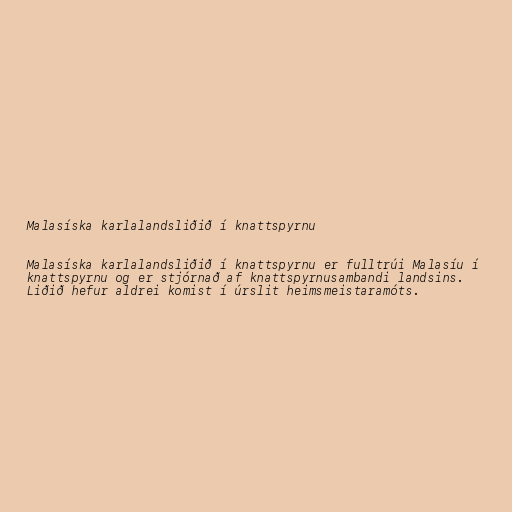
Malasíska karlalandsliðið í knattspyrnu

Malasíska karlalandsliðið í knattspyrnu er fulltrúi Malasíu í
knattspyrnu og er stjórnað af knattspyrnusambandi landsins.
Liðið hefur aldrei komist í úrslit heimsmeistaramóts.